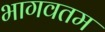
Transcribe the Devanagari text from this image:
भागवतम